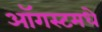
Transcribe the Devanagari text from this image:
ऑगस्टमधे